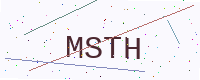
Text: MSTH